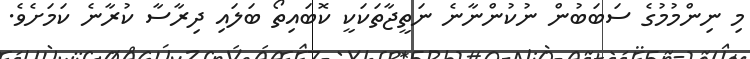
މި ނިންމުމުގެ ސަބަބުން ނުކުންނާނެ ނަތީޖާތަކަކީ ކޮބައިތޯ ބަލައި ދިރާސާ ކުރާނެ ކަމަށެވެ.